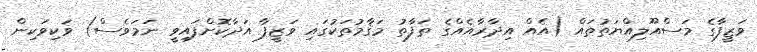
ވަޒީފާގެ މަސްއޫލިއްޔަތުތައް (އެއް އިދާރާއެއްގެ ތަފާތު މަޤާމުތަކުގައި ވަޒީފާ އަދާކޮށްފައިވީ ނަމަވެސް) ވަކިވަކިން